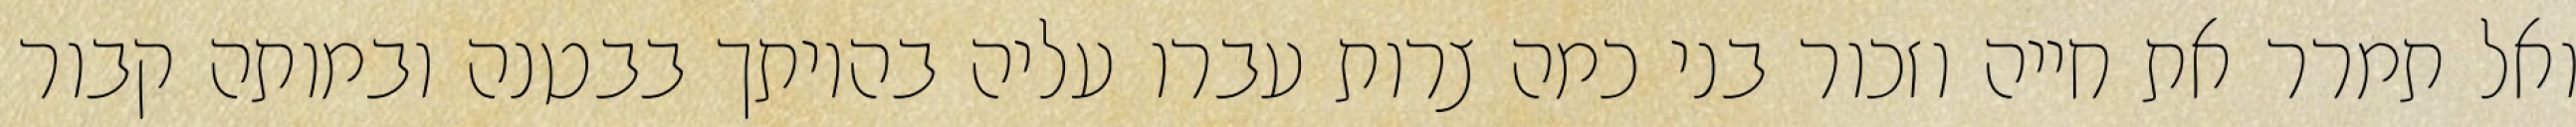
ואל תמרר את חייה וזכור בני כמה צרות עברו עליה בהיותך בבטנה ובמותה קבור